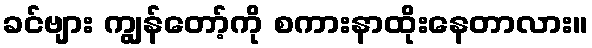
ခင်ဗျား ကျွန်တော့်ကို စကားနာထိုးနေတာလား။